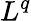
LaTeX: L^{q}